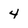
Character: 4